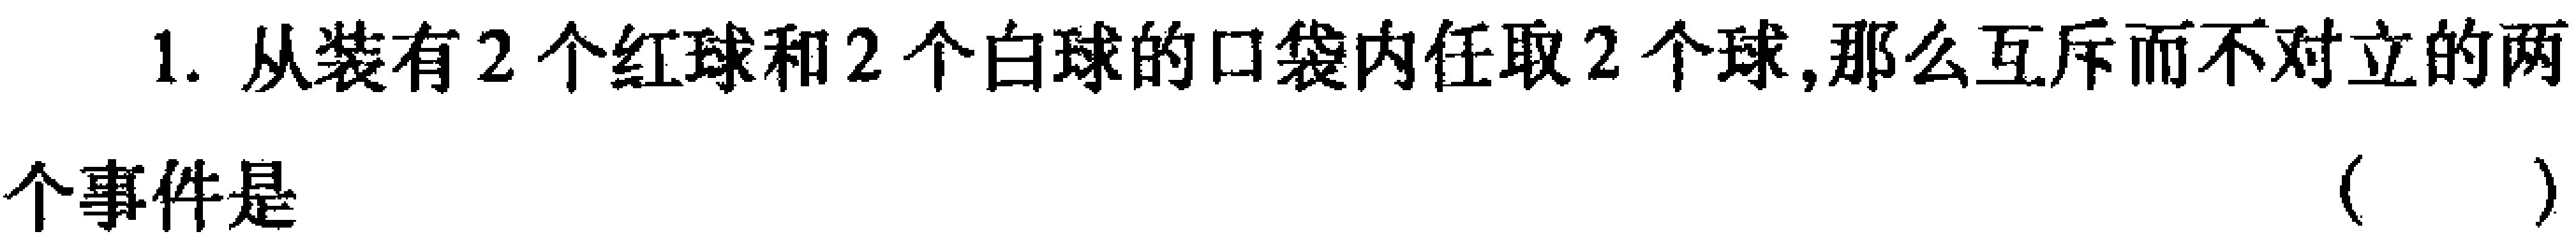
1. 从装有$2$个红球和$2$个白球的口袋内任取$2$个球,那么互斥而不对立的两个事件是（  ）